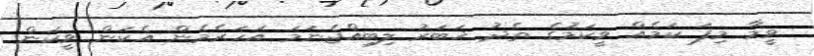
ވީމާ މިފަ ކަމެއް ވީކަމުގެ ތެދު ޚަބަރު ލިބިއްޖެނަމަ އަހަރެމެން އެކަން ވީކަން